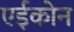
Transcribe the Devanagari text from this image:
एईकोन